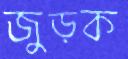
জুড়ক